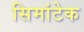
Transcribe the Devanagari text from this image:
सिमांटेक